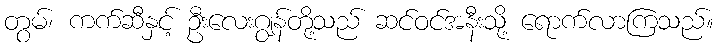
တွမ်၊ ကက်ဆီနှင့် ဦးလေးဂျွန်တို့သည် ဆင်ဝင်အနီးသို့ ရောက်လာကြသည်။